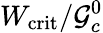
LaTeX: W_{\mathrm{crit}}/\mathcal{G}_{c}^{0}